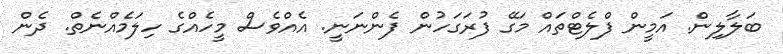
ބަލާލިން. އަމީން ފްލެޓްތައް މަގޭ ފުރަގަހުން ފެންނަނީ. އެއްވެސް މީހެއްގެ ހިލަމެއްނެތް. ދެން